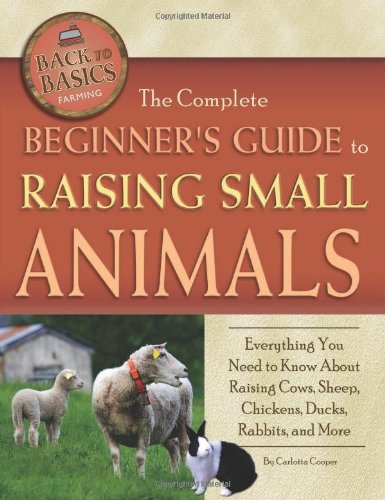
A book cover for The Complete Beginners Guide to Raising Small Animals: Everything You Need to Know About Raising Cows, Sheep, Chickens, Ducks, Rabbits, and More (Back-To-Basics) (Back to Basics: Farming); Carlotta Cooper; Crafts, Hobbies & Home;